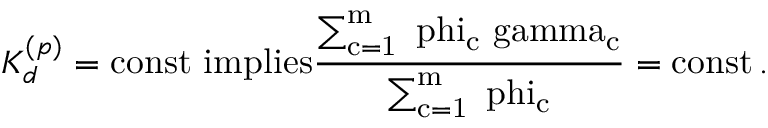
K _ { d } ^ { ( p ) } = \mathrm { { c o n s t } \ i m p l i e s \frac { \sum _ { c = 1 } ^ { m } \ p h i _ { c } \ g a m m a _ { c } } { \sum _ { c = 1 } ^ { m } \ p h i _ { c } } = \mathrm { { c o n s t } \, . } }